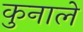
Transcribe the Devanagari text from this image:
कुनाले